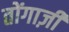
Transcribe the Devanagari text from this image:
तोंगाज़ी